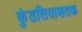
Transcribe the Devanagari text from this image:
कुंडलियाशतक